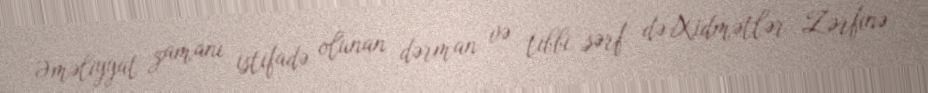
Əməliyyat zamanı istifadə olunan dərman və tibbi sərf də Xidmətlər Zərfinə